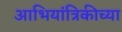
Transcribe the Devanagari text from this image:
आभियांत्रिकीच्या